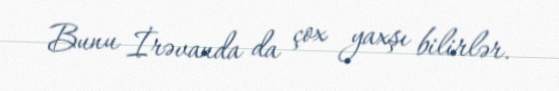
Bunu İrəvanda da çox yaxşı bilirlər.